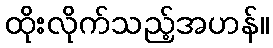
ထိုးလိုက်သည့်အဟန်။